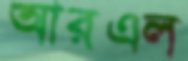
আরএল